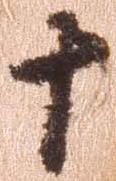
十